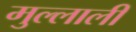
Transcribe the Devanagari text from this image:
मुल्लाली